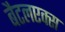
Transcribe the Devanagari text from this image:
बैटलएक्स